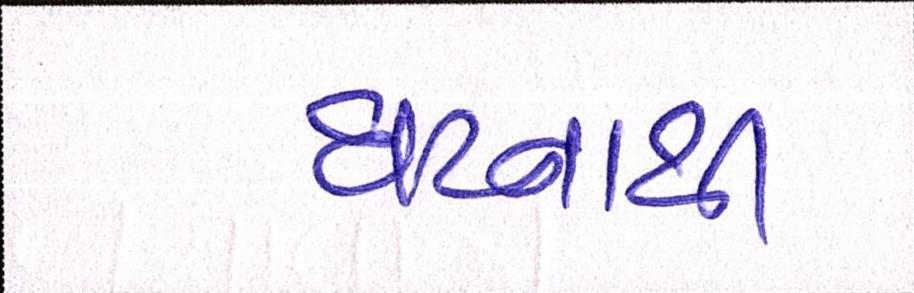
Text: ઘટનાથી